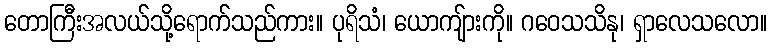
တောကြီးအလယ်သို့ရောက်သည်ကား။ ပုရိသံ၊ ယောကျ်ားကို။ ဂဝေသသိနု၊ ရှာလေသလော။